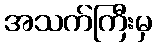
အသက်ကြီးမှ